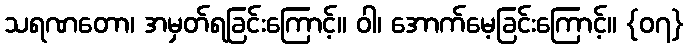
သရဏတော၊ အမှတ်ရခြင်းကြောင့်။ ဝါ၊ အောက်မေ့ခြင်းကြောင့်။ {၀၇}